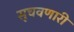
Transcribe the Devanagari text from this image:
सूचवणारी